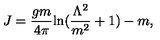
J = \frac { g m } { 4 \pi } \mathrm { l n } ( \frac { \Lambda ^ { 2 } } { m ^ { 2 } } + 1 ) - m ,